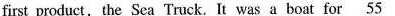
first product,the Sea Truck. It was a boat for \underline{55}